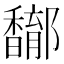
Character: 𨟝